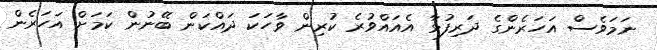
ނަމަވެސް އަހަރެންގެ ދަރިފުޅާ އެއަައްވުރެ ކުރިން ވާހަކަ ދައްކަން ބޭނުން ކަމަށް އަހަރެން